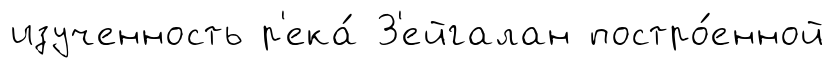
изученность р'ека́ З'ейгалан постро́енной